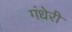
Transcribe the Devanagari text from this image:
गंधेरी